Reports on military cantonments and civil stations in the Presidency of Bombay inspected by the Sanitary Commissioner in the years 1875 and 1876
Year: 1875
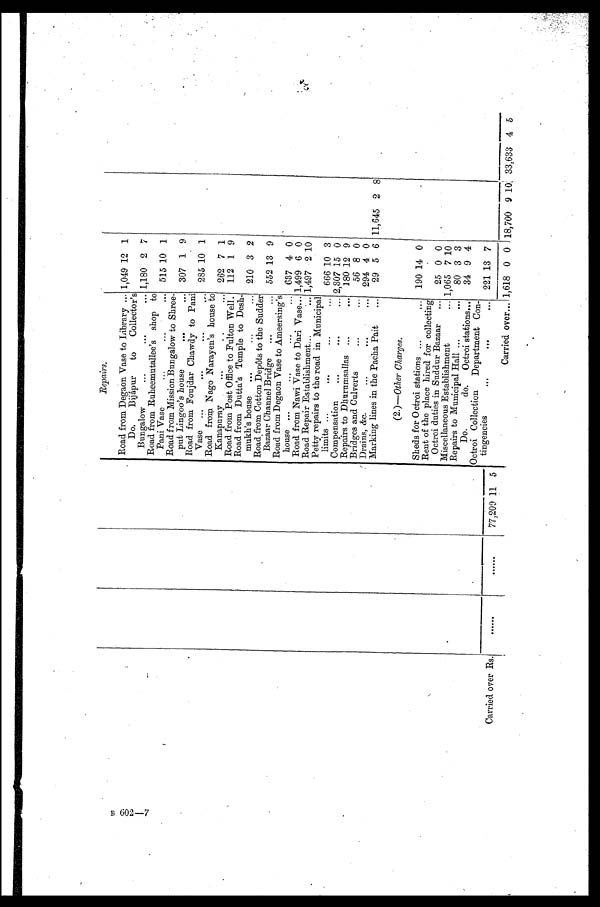
Repairs.
Road from Degaon Vase to Library ... 1,049 12 1
Do. Bijápur to Collector's
Bungalow... ... ...
1,180 2 7
Road from Ruheemutallee's shop to
Pani Vase
...
...
... 515 10 1
Road from Mission Bungalow to Shree-
put Lingoo's house
. . .
. . .
307 1 9
Road from Foujdar Chawdy to Pani
Vase ...
... ...
285 10 1
Road from Nago Narayen's house to
Kanapuray
...
... ...
262 7 1
Road from Post Office to Fulton Well.
112 1 9
Road from Dutta's Temple to Desh-
mukh's house
...
...
... 210 3 2
Road from Cotton Depôts to the Sudder
Bazaar Channel Bridge
... ... 552 13 9
Road from Degaon Vase to Ameersing's
house ...
... 637 4 0
Road from Nawi Vase to Dari Vase... 1,499 6 0
Road Repair Establishment...
... 1,497 2 10
Petty repairs to the road in Municipal
limits ...
...
...
... 666 10 3
Compensation
...
•••
... 2,307 15 0
Repairs to Dhurumsallas ...
... 180 12 9
Bridges and Culverts...
...
56 8 0
Drains, &c.
...
... ...
294 4 0
Marking lines in the Pacha Pait
...
29 5 6 11,645 2 8
(2.)—Other Charges.
Sheds for Octroi stations ...
...
190 14 0
Rent of the place hired for collecting
Octroi duties in Suddur Bazaar
...
25 0 0
Miscellaneous Establishment
1,065 7 10
Repairs to Municipal Hall...
...
80 3 3
Do. do. Octroi stations...
34 9 4
Octroi Collection Department Con-
tingencies
...
... ...
221 13 7
Carried over Rs.
......
. . . . . .
77,209 11 5
Carried over... 1,618 0 0 18,700
9 10 33,633 4 5